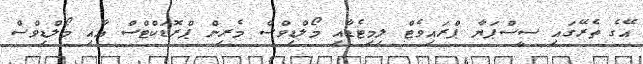
އޭގެ ތެރޭގައި ސީސްޕަޔާ ޕްރައިވެޓް ލިމިޓެޑާއި މޯލްޑިވްސް މެރިން ޕްރޮޑަކްޓްސް އާއި މޯލްޑިވްސް